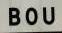
bou